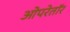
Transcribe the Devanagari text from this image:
ओपरेतॉर